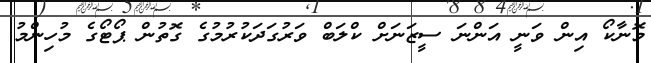
މޮނާކޯ އިން ވަނީ އަންނަ ސީޒަނަށް ކްލަބް ވަރުގަދަކުރުމުގެ ގޮތުން ޕޯޓޯގެ މުހިންމު